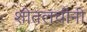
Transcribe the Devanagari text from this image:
शीतलचीनी